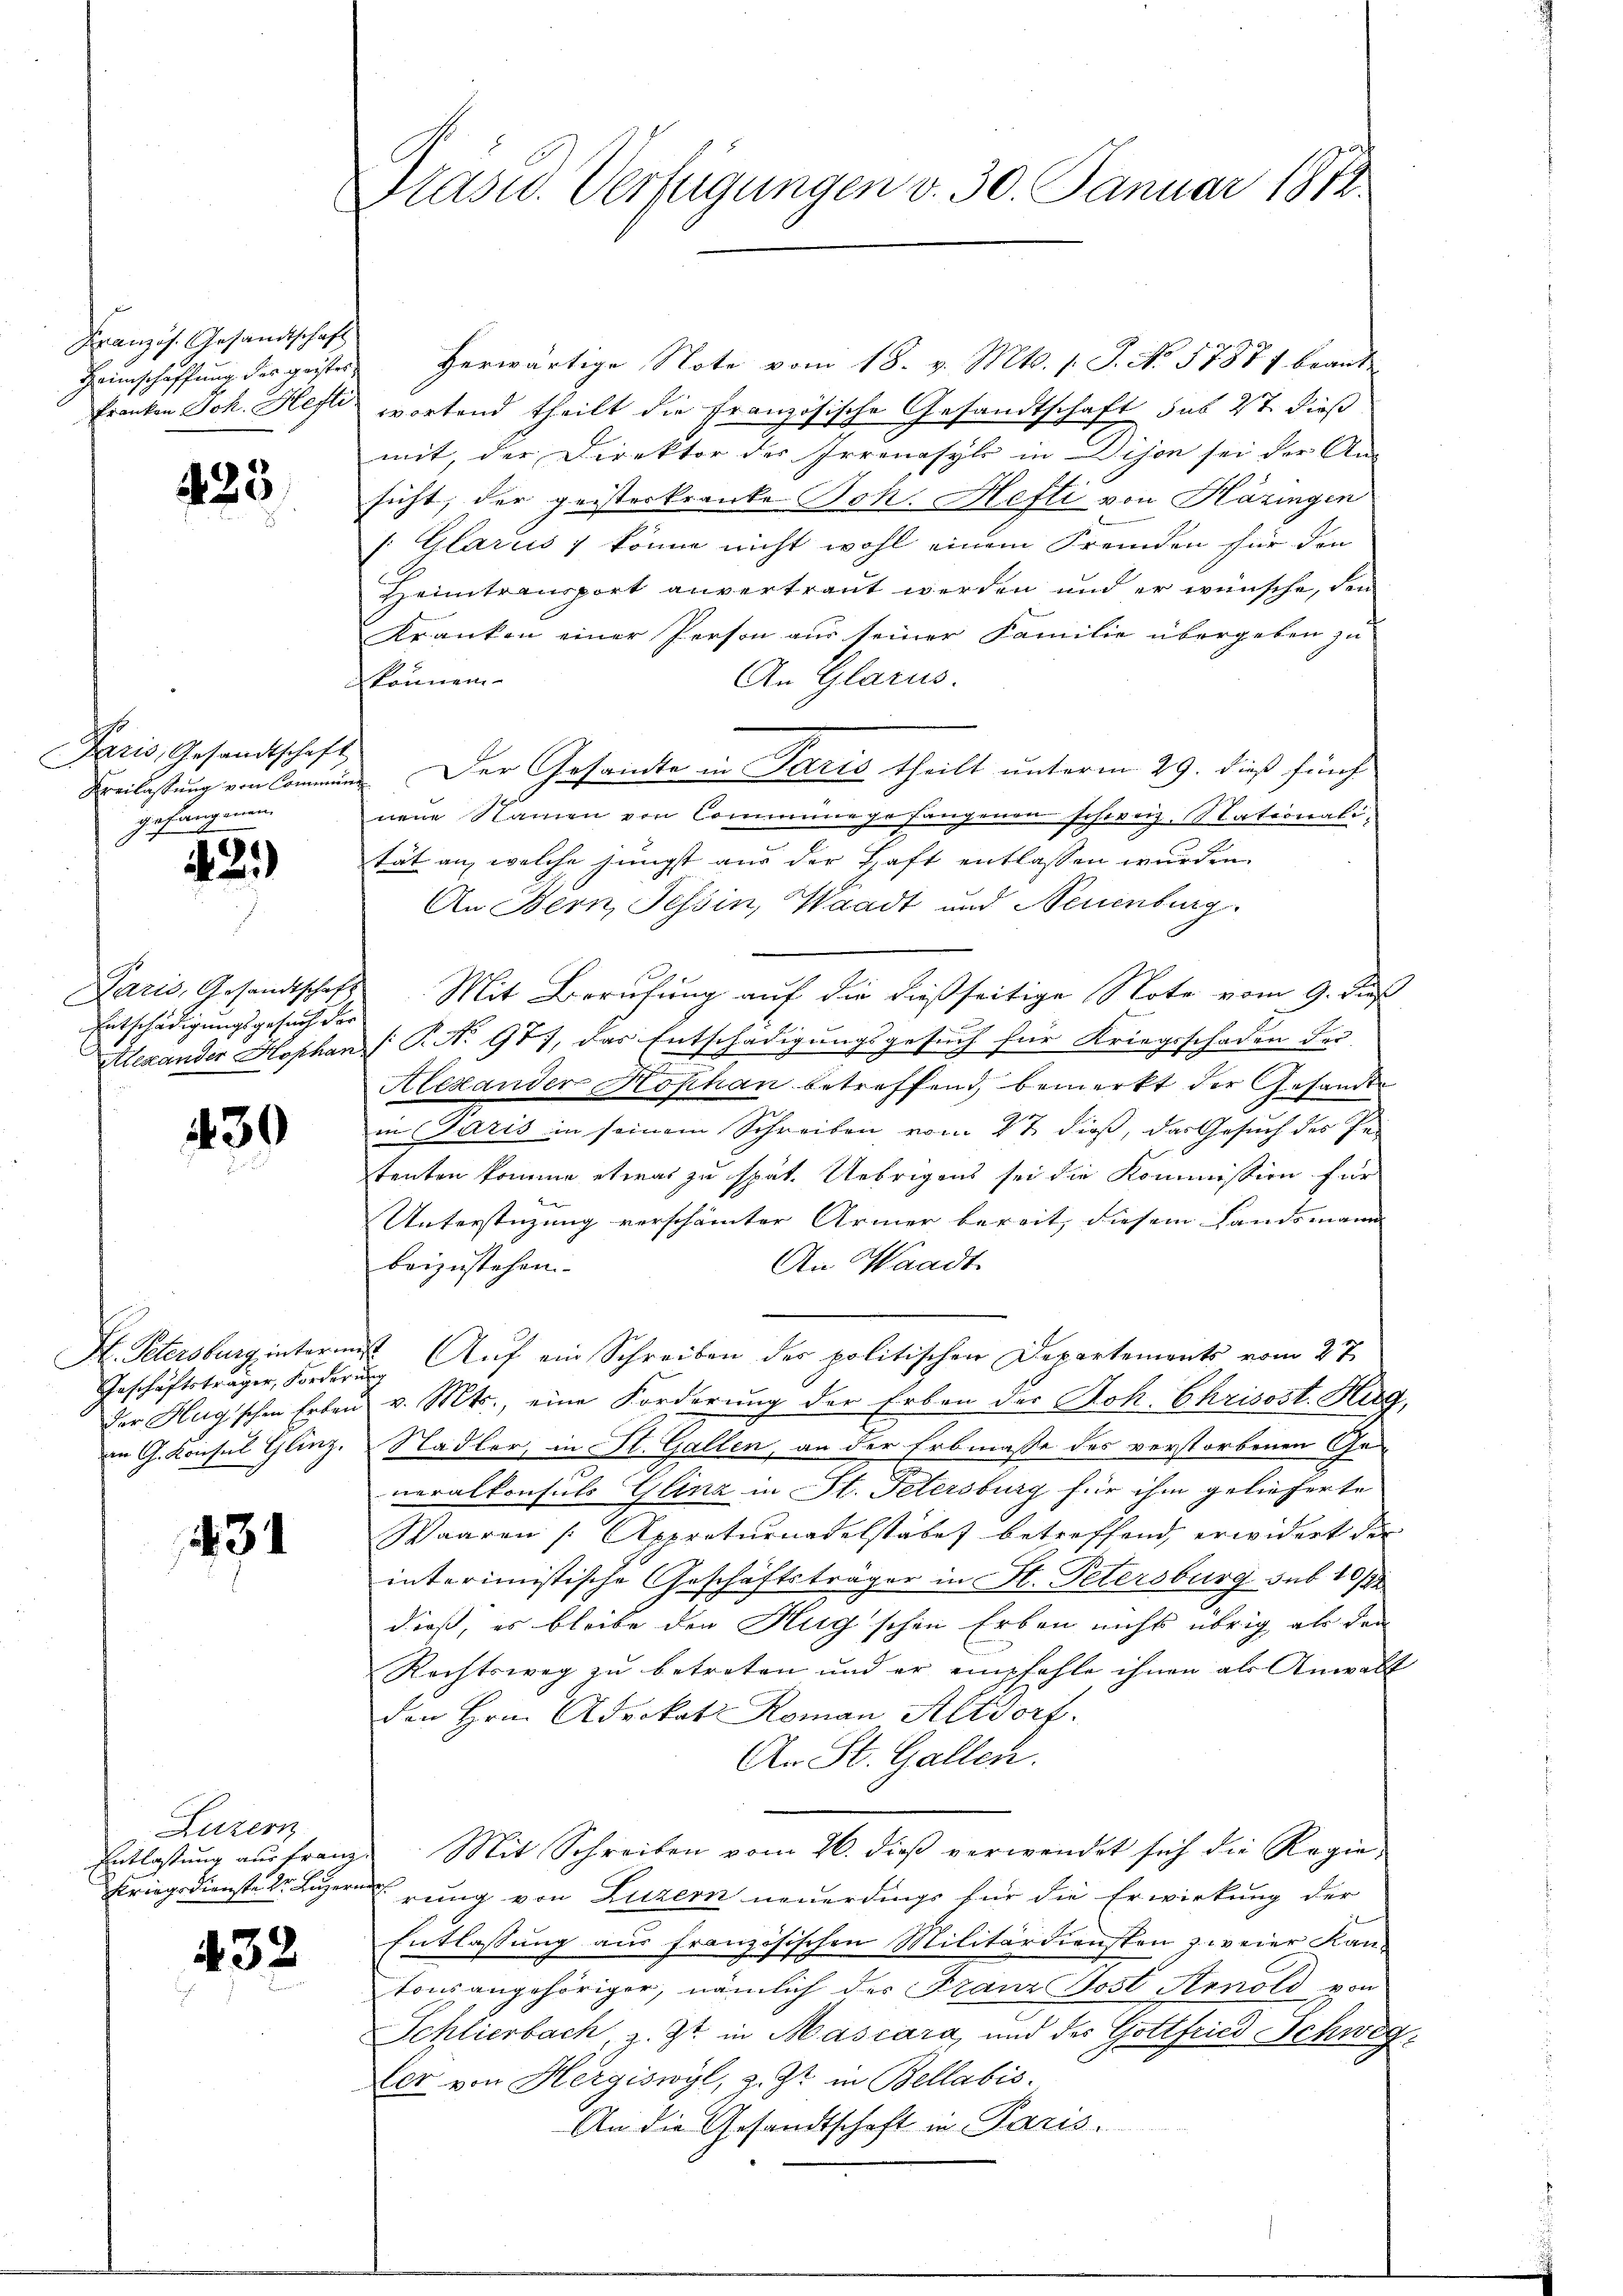
Französ. Gesandtschaft
Heimschaffung des geistes
Franken Joh. Hefti

425

Paris, Gesandtschaft
Kreilassung von Commung
gefangenen,

42.)

Paris, Gesandtschaft
Entschädigungsgesuch der
Alexander Hophan

430

F. Petersburg interm
Geschäftsträger, Fordern
der Hag'schen Erben
in G. Konsul Glinz.

431

d

Luzern
Entlassung aus franz.
Kriegsdienste Dr. Luzern

432

Präsid. Verfügungen v. 30. Januar 1812.

herwärtige Note vom 18. v. Mts. 1. J. No 57871 beant
wortend theilt die Französische Gesandtschaft sub 2t dieß
mit der Direktor des Irrenasyls in Dison sei der An-
sicht, der geisterkranke Joh. Hefti von Häzingen
 Glarus & könne nicht wohl einem Fremden für den
Heimtransport anvertraut werden und er wünsche, den
Kranken einer Person aus seiner Familie übergeben zu
können.
An Glarus.
Der Gesamte in Paris theilt unterm 29. dieß fünf
neue Namen von Commine gefangenen schweiz. Stationali-
tät an, welche jüngst aus der Haft entlassen wurden.
An Bern, Tessin, Waadt und Neuenburg.
e
Mit Berufung auf die dießseitige Note vom 9. Fuß
[T. No 977, das Entschädigungsgesuch für Kriegsschaden der
Alexander Kophan betreffend bemerkt der Gesandte
in Paris in seinem Schreiben vom 27. dieß, das Gesuch des Petenten komme etwas zu spät. Uebrigens sei die Kommission für
Unterstüzung verschämter Armer bereit, diesem Landsmann |
An Waadt
beizustehen.

? Auf ein Schreiben des politischen Departements vom 27.
s
v. Mts., eine Forderung der Erben der Dok. Chrisost. Hug,
Stadler, in St. Gallen, an der Erbmasse des verstorbenen Generalkonsuls Glinz in St. Petersburg für ihm gelieferte
Waaren (Appraturatelstabes betreffend erwidert der
interimistische Geschäftsträger in St. Petersburg sub 10/12
dieß, es bleibe den Hug'schen Erben nicht übrig als den
Rechtsweg zu betreten und er empfehle ihnen als Anwalt
den Hrn. Advokat Roman Altdorf.
An St. Gallen.
Mit Schreiben vom 26. dieß verwendet sich die Regierung von Luzern neuerdings für die Erwirkung der
Entlassung aus französischen Militärdiensten zweier Kantonsangehöriger, nämlich der Franz Jost Arnold von
Schliesbach, z. Zt. in Mascara, und der Gottfried Schweg
ler von Hergiswyl, z. Zt. in Bellabis.
An die Gesandtschaft in Paris.